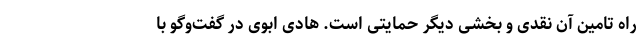
راه تامین آن نقدی و بخشی دیگر حمایتی است. هادی ابوی در گفت‌وگو با